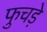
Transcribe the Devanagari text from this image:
फुचड़े